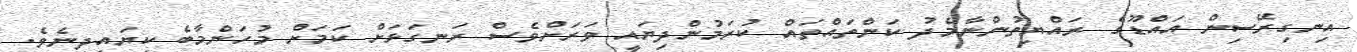
އިނގިރޭސިން އައްޑޫގެ ރައްޔިތުންނާމެދު ކަންތައްތައް ކުރަމުންދިޔައީ ވަރަށްވެސް ރަނގަޅަށް ކަމަށް މުހަންމާބެ ކިޔައިދިނެވެ.